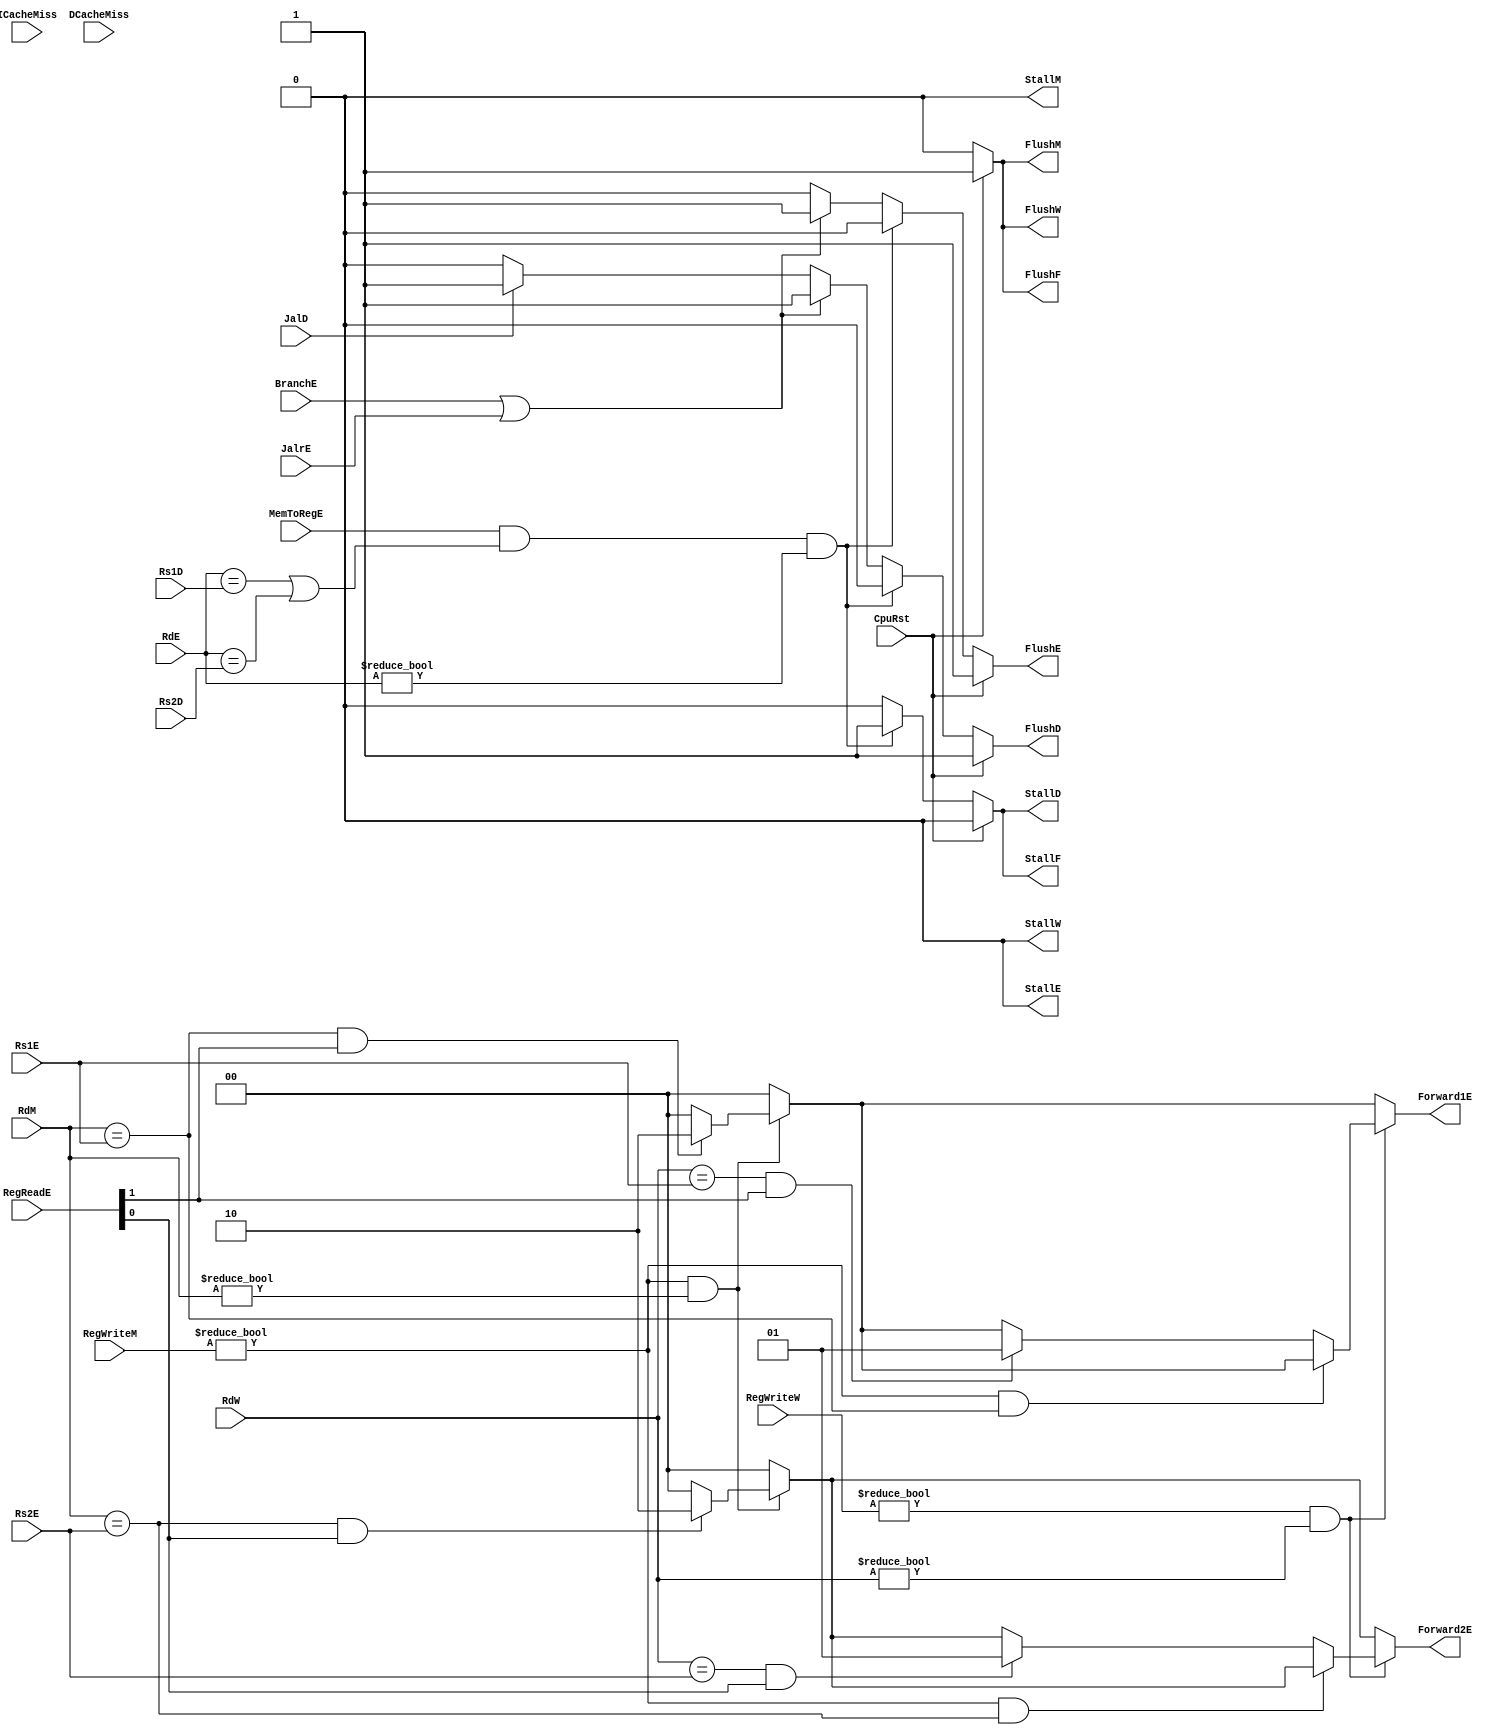
`timescale 1ns / 1ps
//////////////////////////////////////////////////////////////////////////////////
// Company: USTC ESLABEmbeded System Lab
// Design Name: RISCV-Pipline CPU
// Module Name: HarzardUnit
// Target Devices: Nexys4
// Tool Versions: Vivado 2017.4.1
// Description: Deal with harzards in pipline
//////////////////////////////////////////////////////////////////////////////////
module HarzardUnit(
    input wire CpuRst, ICacheMiss, DCacheMiss, 
    input wire BranchE, JalrE, JalD, 
    input wire [4:0] Rs1D, Rs2D, Rs1E, Rs2E, RdE, RdM, RdW,
    input wire [1:0] RegReadE,
    input wire MemToRegE,
    input wire [2:0] RegWriteM, RegWriteW,
    output reg StallF, FlushF, StallD, FlushD, StallE, FlushE, StallM, FlushM, StallW, FlushW,
    output reg [1:0] Forward1E, Forward2E
    );
    //Stall and Flush signals generate

    //Forward Register Source 1

    //Forward Register Source 2


//
    //HarzardUnitforward
    //CPUforwardstallflush 
//
    //CpuRst                                    CPUCpuRst==1CPUflushCpu_Rst==0cpu
    //ICacheMiss, DCacheMiss                    cache miss
    //BranchE, JalrE, JalD                      
    //Rs1D, Rs2D, Rs1E, Rs2E, RdE, RdM, RdW     12
    //RegReadE RegReadD[1]==1                   A1RegReadD[0]==1A2forward
    //RegWriteM, RegWriteW                      RegWrite!=3'b0
    //MemToRegE                                 Ex Data Memory
//
    //StallF, FlushF, StallD, FlushD, StallE, FlushE, StallM, FlushM, StallW, FlushW    stallflush
    //Forward1E, Forward2E                                                              forward
//  
    //HarzardUnit   

    always@(*) begin
        if (CpuRst) begin
            FlushF = 1;
            FlushD = 1;
            FlushE = 1;
            FlushM = 1;
            FlushW = 1;

            StallF = 0;
            StallD = 0;
            StallE = 0;
            StallM = 0;
            StallW = 0;
            
            Forward1E = 0;
            Forward2E = 0;
        end
        else begin
            StallF = 0;
            StallD = 0;
            StallE = 0;
            StallM = 0;
            StallW = 0;

            FlushF = 0;
            FlushD = 0;
            FlushE = 0;
            FlushM = 0;
            FlushW = 0;

            if (MemToRegE && (RdE == Rs1D || RdE == Rs2D) && RdE != 0) begin
                StallF = 1;
                StallD = 1;
            end
            else if (BranchE || JalrE) begin
                FlushD = 1;
                FlushE = 1;
            end
            else if (JalD) begin
                FlushD = 1;
            end
        end

        Forward1E = 0;
        Forward2E = 0;

        if (RegWriteM != 0 && RdM != 0) begin
            if (RdM == Rs1E && RegReadE[1])
                Forward1E = 2'b10;
            if (RdM == Rs2E && RegReadE[0])
                Forward2E = 2'b10;
        end
        if (RegWriteW != 0 && RdW != 0) begin
            if (!(RegWriteM != 0 && RdM == Rs1E))
                if (RdW == Rs1E && RegReadE[1])
                    Forward1E = 2'b01;
            if (!(RegWriteM != 0 && RdM == Rs2E))
                if (RdW == Rs2E && RegReadE[0])
                    Forward2E = 2'b01;
        end
    end

endmodule